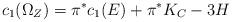
LaTeX: \begin{align*}c_1(\Omega_Z)=\pi^*c_1(E)+\pi^*K_C-3H\end{align*}